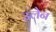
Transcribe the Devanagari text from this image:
उलेन